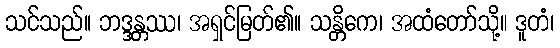
သင်သည်။ ဘဒ္ဒန္တဿ၊ အရှင်မြတ်၏။ သန္တိကေ၊ အထံတော်သို့။ ဒူတံ၊